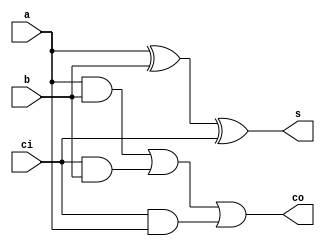
`timescale 1ns / 1ps
//////////////////////////////////////////////////////////////////////////////////
// Company: ITESO
// 
// Design Name: 
// Module Name: Full_Adder
// Project Name: 
// Target Devices: 
// Tool Versions: 
// Description: 
// 
// Dependencies: 
// 
// Revision:
// Revision 0.01 - File Created
// Additional Comments:
// 
//////////////////////////////////////////////////////////////////////////////////


module Full_Adder(
    //output [3:0] T,
    input ci,
    input a,
    input b,
    output co,
    output s
    
     // output seg_a,
     //output seg_b,
     //output seg_c,
     //output seg_d,
     //output seg_e,
     //output seg_f,
     //output seg_g

    );
    
    //assign T  = 4'b1110;
    assign co = (a & b) | (ci & b) | (ci & a);
    assign s  = (a ^ b ^ ci);

endmodule